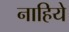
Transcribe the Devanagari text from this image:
नाहिये